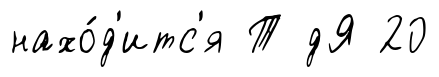
нахо́д'итс'я Т дЯ 20